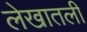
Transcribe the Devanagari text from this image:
लेखातली